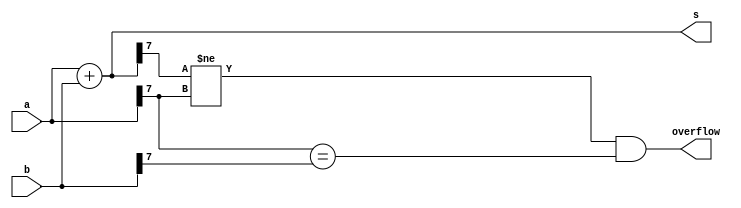
module top_module (
    input [7:0] a,
    input [7:0] b,
    output [7:0] s,
    output overflow
); //A signed overflow occurs when adding two positive numbers produces a negative result,
    //or adding two negative numbers produces a positive result(a=b(last bits) and difference between input(a or b) with s.
 
    assign s = a + b;
    assign overflow = s[7]!=a[7] && a[7]==b[7] ; 

endmodule